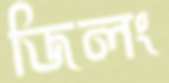
জিলং